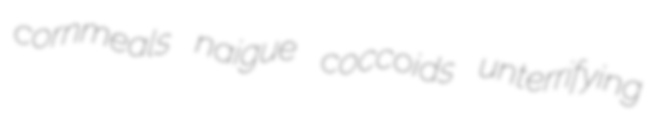
cornmeals naigue coccoids unterrifying